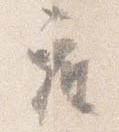
座